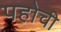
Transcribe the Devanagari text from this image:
पहोची